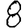
Digit: 8